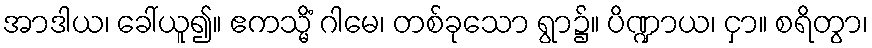
အာဒါယ၊ ခေါ်ယူ၍။ ဧကသ္မိံ ဂါမေ၊ တစ်ခုသော ရွာ၌။ ပိဏ္ဍာယ၊ ငှာ။ စရိတွာ၊